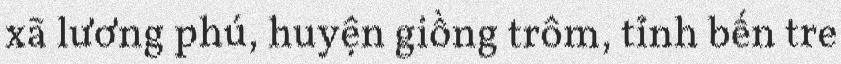
xã lương phú, huyện giồng trôm, tỉnh bến tre